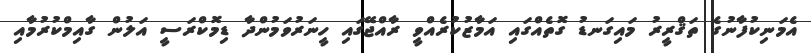
އެމަނިކުފާނުގެ ތަޤްރީރު މައިގަނޑު ގޮތެއްގައި އަމާޒުކުރެއްވީ ރާއްޖޭގައި ހީނަރުވަމުންދާ ޑިމޮކްރަސީ އަލުން ގާއިމްކުރުމާއި